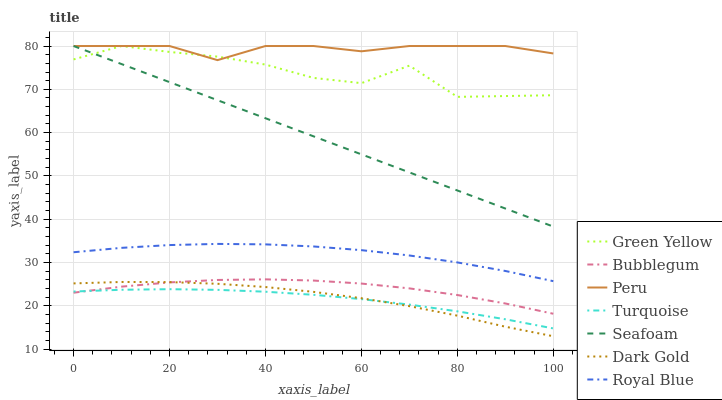
| xaxis_label | Green Yellow | Bubblegum | Peru | Turquoise | Seafoam | Dark Gold | Royal Blue |
 | --- | --- | --- | --- | --- | --- | --- | --- |
 | 0 | 76.9 | 23.1 | 80 | 23.3 | 80 | 25.2 | 32.4 |
 | 10 | 80 | 24.5 | 80 | 23.7 | 75.8 | 25.5 | 33.4 |
 | 20 | 78.6 | 25.4 | 80 | 23.9 | 71.7 | 25.5 | 34 |
 | 30 | 77.6 | 26 | 76.7 | 23.7 | 67.5 | 25.1 | 34.3 |
 | 40 | 75.7 | 26.1 | 80 | 23.3 | 63.3 | 24.4 | 34.2 |
 | 50 | 72.6 | 25.9 | 80 | 22.6 | 59.2 | 23.3 | 33.7 |
 | 60 | 71.4 | 25.2 | 78.8 | 21.6 | 55 | 21.8 | 32.9 |
 | 70 | 75.5 | 24.1 | 80 | 20.3 | 50.8 | 19.9 | 31.6 |
 | 80 | 68.3 | 22.5 | 80 | 18.8 | 46.7 | 17.8 | 30 |
 | 90 | 68.4 | 20.6 | 80 | 16.9 | 42.5 | 15.2 | 28.1 |
 | 100 | 68.6 | 18.2 | 78.3 | 14.8 | 38.3 | 13 | 25.7 |